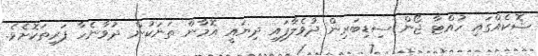
ޝޮކެއްގައި ހުއްޓާ ޖޯން ސިޑިބަރިން ދުވެލާފައި ދިޔައީ އޮމާން ތަނަކުން ދުވާނެހާ ފަރިތަކޮށެވެ.